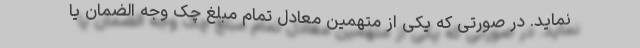
نماید. در صورتی که یکی از متهمین معادل تمام مبلغ چک وجه الضمان یا